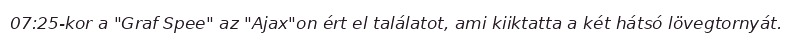
07:25-kor a "Graf Spee" az "Ajax"on ért el találatot, ami kiiktatta a két hátsó lövegtornyát.